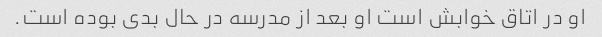
او در اتاق خوابش است او بعد از مدرسه در حال بدی بوده است.